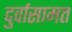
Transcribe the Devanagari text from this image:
दुर्वासामत